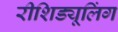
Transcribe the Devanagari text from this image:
रीशिड्यूलिंग